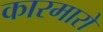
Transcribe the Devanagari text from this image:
कारमारो